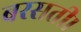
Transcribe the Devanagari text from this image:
बरसती।